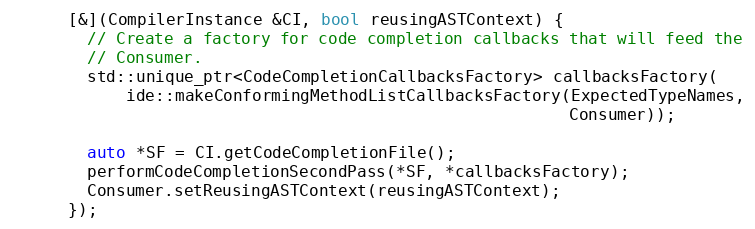
Language: C++
      [&](CompilerInstance &CI, bool reusingASTContext) {
        // Create a factory for code completion callbacks that will feed the
        // Consumer.
        std::unique_ptr<CodeCompletionCallbacksFactory> callbacksFactory(
            ide::makeConformingMethodListCallbacksFactory(ExpectedTypeNames,
                                                          Consumer));

        auto *SF = CI.getCodeCompletionFile();
        performCodeCompletionSecondPass(*SF, *callbacksFactory);
        Consumer.setReusingASTContext(reusingASTContext);
      });